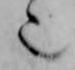
也